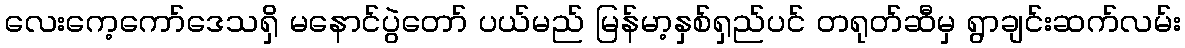
လေးကေ့ကော်ဒေသရှိ မနောင်ပွဲတော် ပယ်မည် မြန်မာ့နှစ်ရှည်ပင် တရုတ်ဆီမှ ရွာချင်းဆက်လမ်း